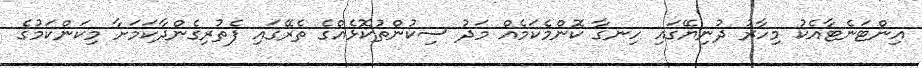
އިންޓަނެޓާއެކު މިހާރު ދުނިޔޭގައި ހިނގާ ކޮންމެކަމެއް މަދު ސިކުންތުކޮޅެއްގެ ތެރޭގައި ފެތުރިގެންދާކަމަށާ މިކަންކަމުގެ